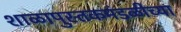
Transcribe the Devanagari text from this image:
शाळापुस्तकमंडळीच्या